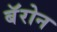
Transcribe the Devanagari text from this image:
बॅरोन